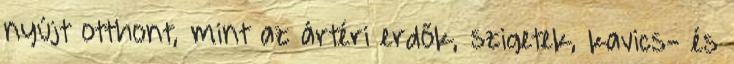
nyújt otthont, mint az ártéri erdők, szigetek, kavics- és